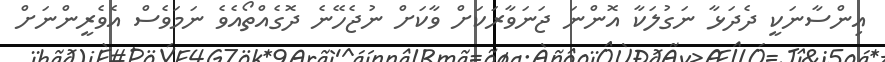
އިންސާނަކީ ދެދަޅާ ނަގުލަކާ އޮންނަ ޖަނަވާރަކަށް ވާކަށް ނުޖެހޭނެ ދޮގެއްތޯއެވެ ނަމަވެސް އެވެރީންނަށް